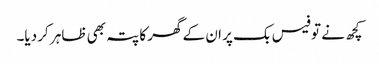
کچھ نے تو فیس بک پر ان کے گھر کا پتہ بھی ظاہر کر دیا۔